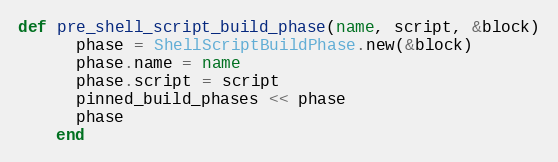
Language: Ruby
def pre_shell_script_build_phase(name, script, &block)
      phase = ShellScriptBuildPhase.new(&block)
      phase.name = name
      phase.script = script
      pinned_build_phases << phase
      phase
    end